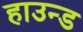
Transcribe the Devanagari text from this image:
हाउन्ड